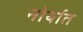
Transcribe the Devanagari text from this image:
नोर्यात